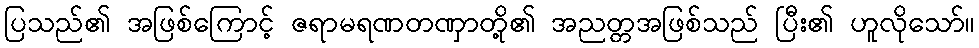
ပြသည်၏ အဖြစ်ကြောင့် ဇရာမရဏတဏှာတို့၏ အညတ္တအဖြစ်သည် ပြီး၏ ဟူလိုသော်။